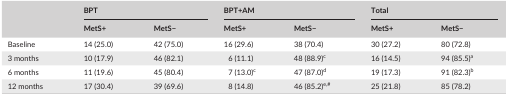
<table><thead><tr><td rowspan="2"></td><td colspan="2"><b>BPT</b></td><td colspan="2"><b>BPT+AM</b></td><td colspan="2"><b>Total</b></td></tr><tr><td><b>MetS+</b></td><td><b>MetS−</b></td><td><b>MetS+</b></td><td><b>MetS−</b></td><td><b>MetS+</b></td><td><b>MetS−</b></td></tr></thead><tbody><tr><td>Baseline</td><td>14 (25.0)</td><td>42 (75.0)</td><td>16 (29.6)</td><td>38 (70.4)</td><td>30 (27.2)</td><td>80 (72.8)</td></tr><tr><td>3 months</td><td>10 (17.9)</td><td>46 (82.1)</td><td>6 (11.1)</td><td>48 (88.9)c</td><td>16 (14.5)</td><td>94 (85.5)a</td></tr><tr><td>6 months</td><td>11 (19.6)</td><td>45 (80.4)</td><td>7 (13.0)c</td><td>47 (87.0)d</td><td>19 (17.3)</td><td>91 (82.3)b</td></tr><tr><td>12 months</td><td>17 (30.4)</td><td>39 (69.6)</td><td>8 (14.8)</td><td>46 (85.2)e<sup>,</sup>#</td><td>25 (21.8)</td><td>85 (78.2)</td></tr></tbody></table>